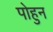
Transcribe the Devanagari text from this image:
पोहुन